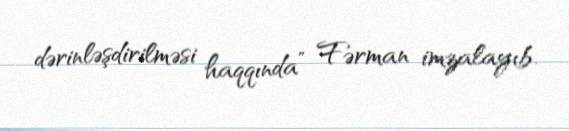
dərinləşdirilməsi haqqında” Fərman imzalayıb.